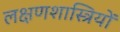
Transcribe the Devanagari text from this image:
लक्षणशास्त्रियों